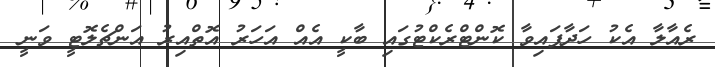
ރެއާލާ އެކު ހަދާފައިވާ ކޮންޓްރެކްޓުގައި ބާކީ އެއް އަހަރު އޮތްއިރު އަންޗެލޮޓީ ވަނީ